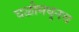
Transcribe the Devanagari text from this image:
घळीमधूनच